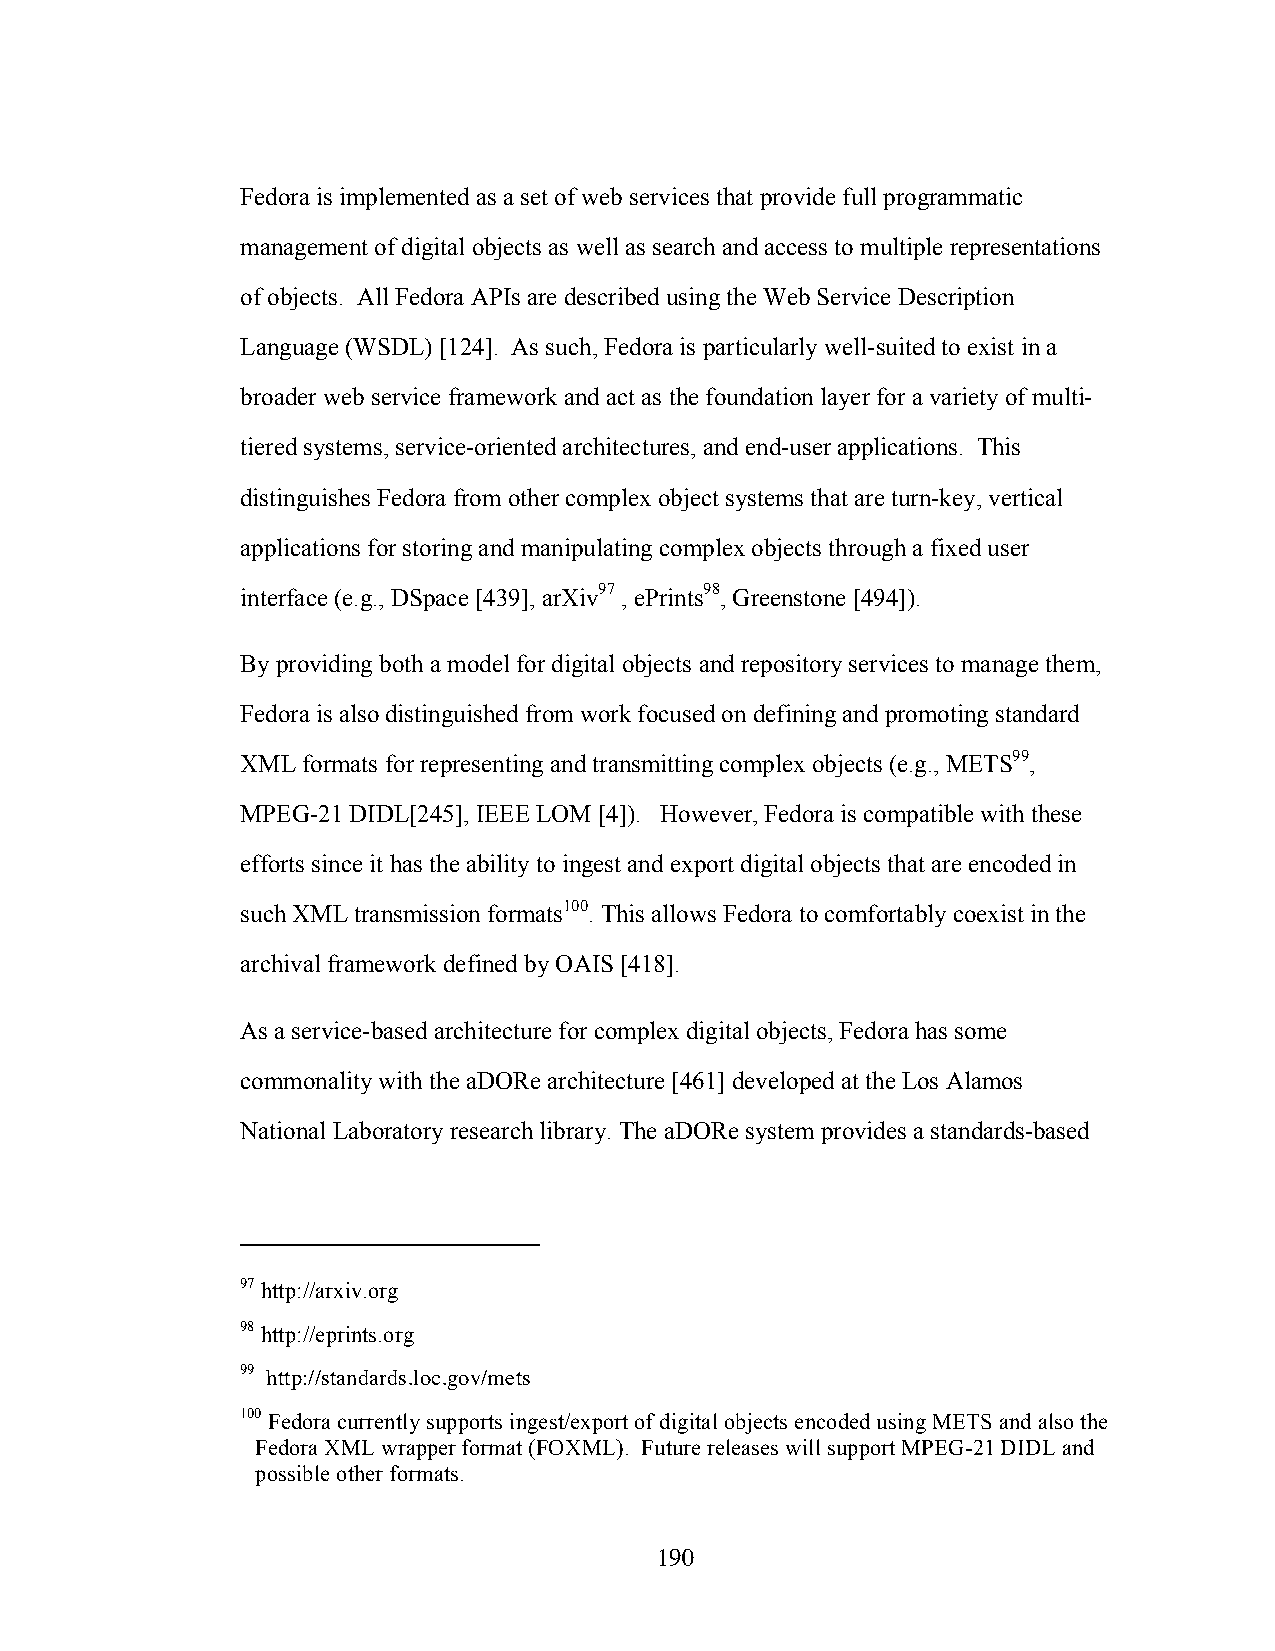
Fedora is implemented as a set of web services that provide full programmatic
 management of digital objects as well as search and access to multiple representations
 of objects. All Fedora APIs are described using the Web Service Description
 Language (WSDL) [124]. As such, Fedora is particularly well-suited to exist in a
 broader web service framework and act as the foundation layer for a variety of multi-
 tiered systems, service-oriented architectures, and end-user applications. This
 distinguishes Fedora from other complex object systems that are turn-key, vertical
 applications for storing and manipulating complex objects through a fixed user
 interface (e.g., DSpace [439], arXiv97 , ePrints98, Greenstone [494]).
 By providing both a model for digital objects and repository services to manage them,
 Fedora is also distinguished from work focused on defining and promoting standard
 XML formats for representing and transmitting complex objects (e.g., METS99,
 MPEG-21 DIDL[245], IEEE LOM [4]). However, Fedora is compatible with these
 efforts since it has the ability to ingest and export digital objects that are encoded in
 such XML transmission formats100. This allows Fedora to comfortably coexist in the
 archival framework defined by OAIS [418].
 As a service-based architecture for complex digital objects, Fedora has some
 commonality with the aDORe architecture [461] developed at the Los Alamos
 National Laboratory research library. The aDORe system provides a standards-based
 97 http://arxiv.org
 98 http://eprints.org
 99 http://standards.loc.gov/mets
 100 Fedora currently supports ingest/export of digital objects encoded using METS and also the
 Fedora XML wrapper format (FOXML). Future releases will support MPEG-21 DIDL and
 possible other formats.
 190